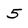
Character: 5